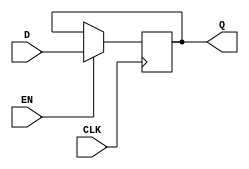
module gated_d_latch (
    input wire D,
    input wire CLK,
    input wire EN,
    output reg Q
);

always @(posedge CLK) begin
    if (EN == 1'b1) begin
        Q <= D;
    end
end

endmodule